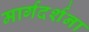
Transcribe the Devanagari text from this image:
मार्गदर्शना